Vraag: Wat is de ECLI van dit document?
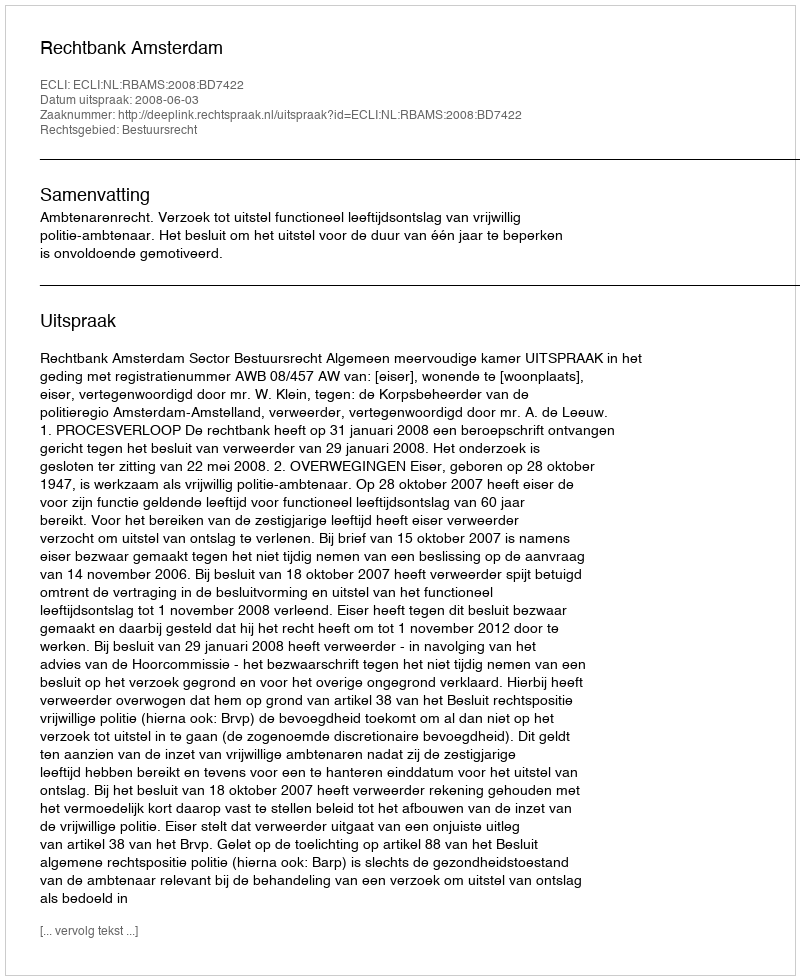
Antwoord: ECLI:NL:RBAMS:2008:BD7422